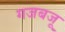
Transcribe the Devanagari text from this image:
गजबजू